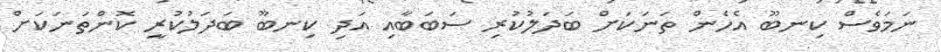
ނަމަވެސް ކިނބޫ އެހެން ތަނަަކަށް ބަދަލުކުރި ސަބަބާއި އަދި ކިނބޫ ބަދަލުކުރީ ކޮންތަނަކަށް